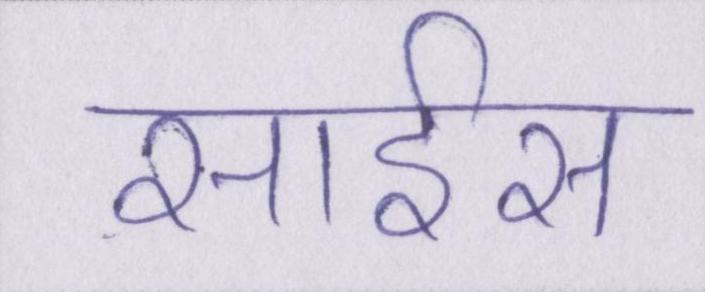
साइंस